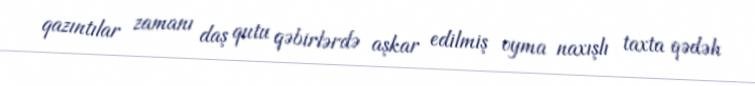
qazıntılar zamanı daş qutu qəbirlərdə aşkar edilmiş oyma naxışlı taxta qədəh